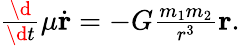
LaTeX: \begin{array}{r}{\frac{\d}{\d t}\mu\dot{\mathbf r}=-G\frac{m_{1}m_{2}}{r^{3}}{\mathbf r}.}\end{array}